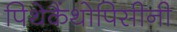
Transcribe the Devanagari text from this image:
पिथेकैंथोपिसीनी